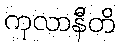
ကုလာနီတိ